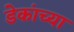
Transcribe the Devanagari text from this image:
डेकांच्या